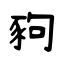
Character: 豞